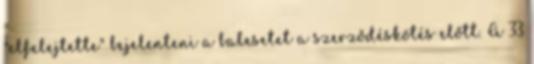
"elfelejtette" bejelenteni a balesetet a szerződéskötés előtt. A 33